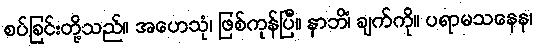
စပ်ခြင်းတို့သည်။ အဟေသုံ၊ ဖြစ်ကုန်ပြီ။ နာဘိံ၊ ချက်ကို။ ပရာမသနေန၊